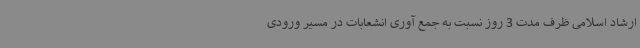
ارشاد اسلامی ظرف مدت 3 روز نسبت به جمع آوری انشعابات در مسیر ورودی